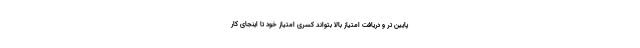
پایین تر و دریافت امتیاز بالا بتواند کسری امتیاز خود تا اینجای کار